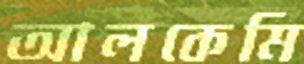
আলকেমি